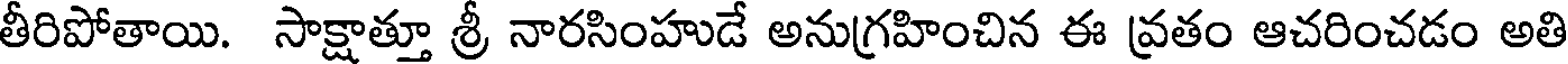
తీరిపోతాయి. సాక్షాత్తూ శ్రీ నారసింహుడే అనుగ్రహించిన ఈ వ్రతం ఆచరించడం అతి